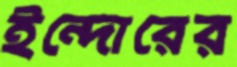
ইন্দোরের